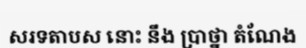
សរទតាបស នោះ នឹង ប្រាថ្នា តំណែង